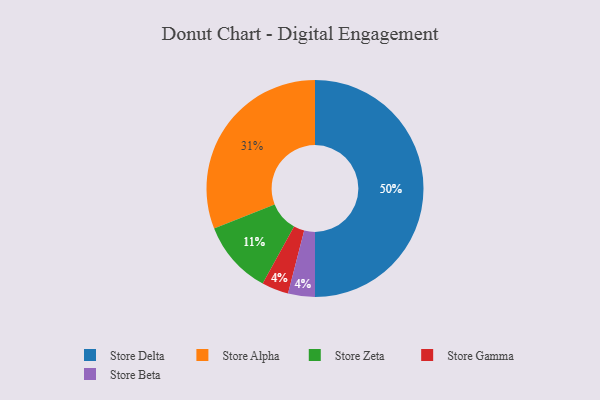
{"axis": {"x": "Category", "y": "Percentage"}, "legend": ["Store Alpha", "Store Beta", "Store Delta", "Store Gamma", "Store Zeta"], "data": [{"x": "Store Gamma", "y": 4, "type": "Store Gamma"}, {"x": "Store Zeta", "y": 11, "type": "Store Zeta"}, {"x": "Store Beta", "y": 4, "type": "Store Beta"}, {"x": "Store Delta", "y": 50, "type": "Store Delta"}, {"x": "Store Alpha", "y": 31, "type": "Store Alpha"}]}